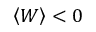
\left\langle W \right\rangle < 0